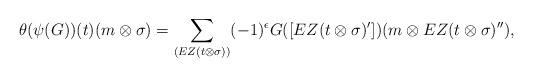
LaTeX: \begin{align*} \theta(\psi(G))(t)(m \otimes \sigma) = \sum_{ (EZ(t \otimes \sigma)) } (-1)^{\epsilon} G ( [EZ(t \otimes \sigma )' ] )(m \otimes EZ(t \otimes \sigma) ''),\end{align*}